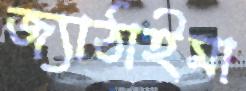
জ্যাঠাইমা